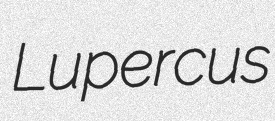
Lupercus